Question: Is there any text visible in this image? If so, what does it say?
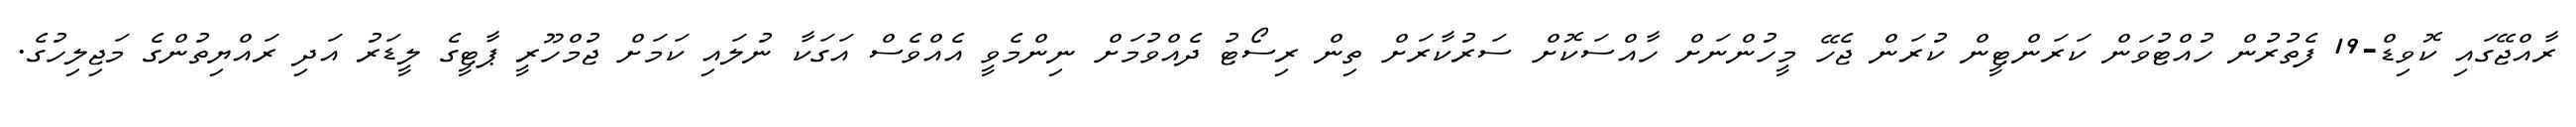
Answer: ރާއްޖޭގައި ކޮވިޑް-19 ފެތުރުން ހުއްޓުވަން ކަރަންޓީން ކުރަން ޖެހޭ މީހުންނަށް ހާއްސަކޮށް ސަރުކާރަށް ތިން ރިސޯޓު ދެއްވުމަށް ނިންމެވީ އެއްވެސް އަގަކާ ނުލައި ކަމަށް ޖުމްހޫރީ ޕާޓީގެ ލީޑަރު އަދި ރައްޔިތުންގެ މަޖިލިހުގެ.